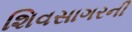
શિવસાગરની